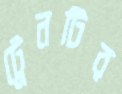
ট্রেনটির